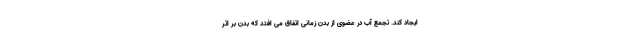
ایجاد کند. تجمع آب در عضوی از بدن زمانی اتفاق می افتد که بدن بر اثر